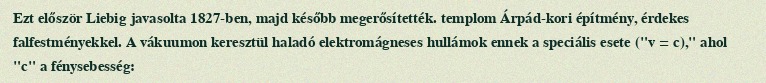
Ezt először Liebig javasolta 1827-ben, majd később megerősítették. templom Árpád-kori építmény, érdekes falfestményekkel. A vákuumon keresztül haladó elektromágneses hullámok ennek a speciális esete ("v = c)," ahol "c" a fénysebesség: